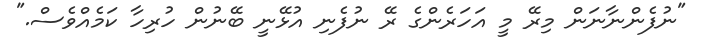
"ނުފެންނާނަން މިރޭ މީ އަހަރެންގެ ރޭ ނުފެނި އުޅޭނީ ބޭނުން ހުރިހާ ކަމެއްވެސް."